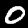
Digit: 0